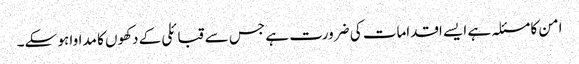
امن کا مسئلہ ہے ایسے اقدامات کی ضرورت ہے جس سے قبائلی کے دکھوں کا مداوا ہو سکے۔